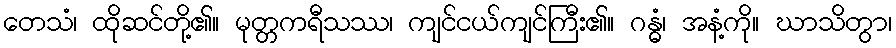
တေသံ၊ ထိုဆင်တို့၏။ မုတ္တကရီသဿ၊ ကျင်ငယ်ကျင်ကြီး၏။ ဂန္ဓံ၊ အနံ့ကို။ ဃာသိတွာ၊